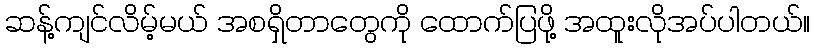
ဆန့်ကျင်လိမ့်မယ် အစရှိတာတွေကို ထောက်ပြဖို့ အထူးလိုအပ်ပါတယ်။